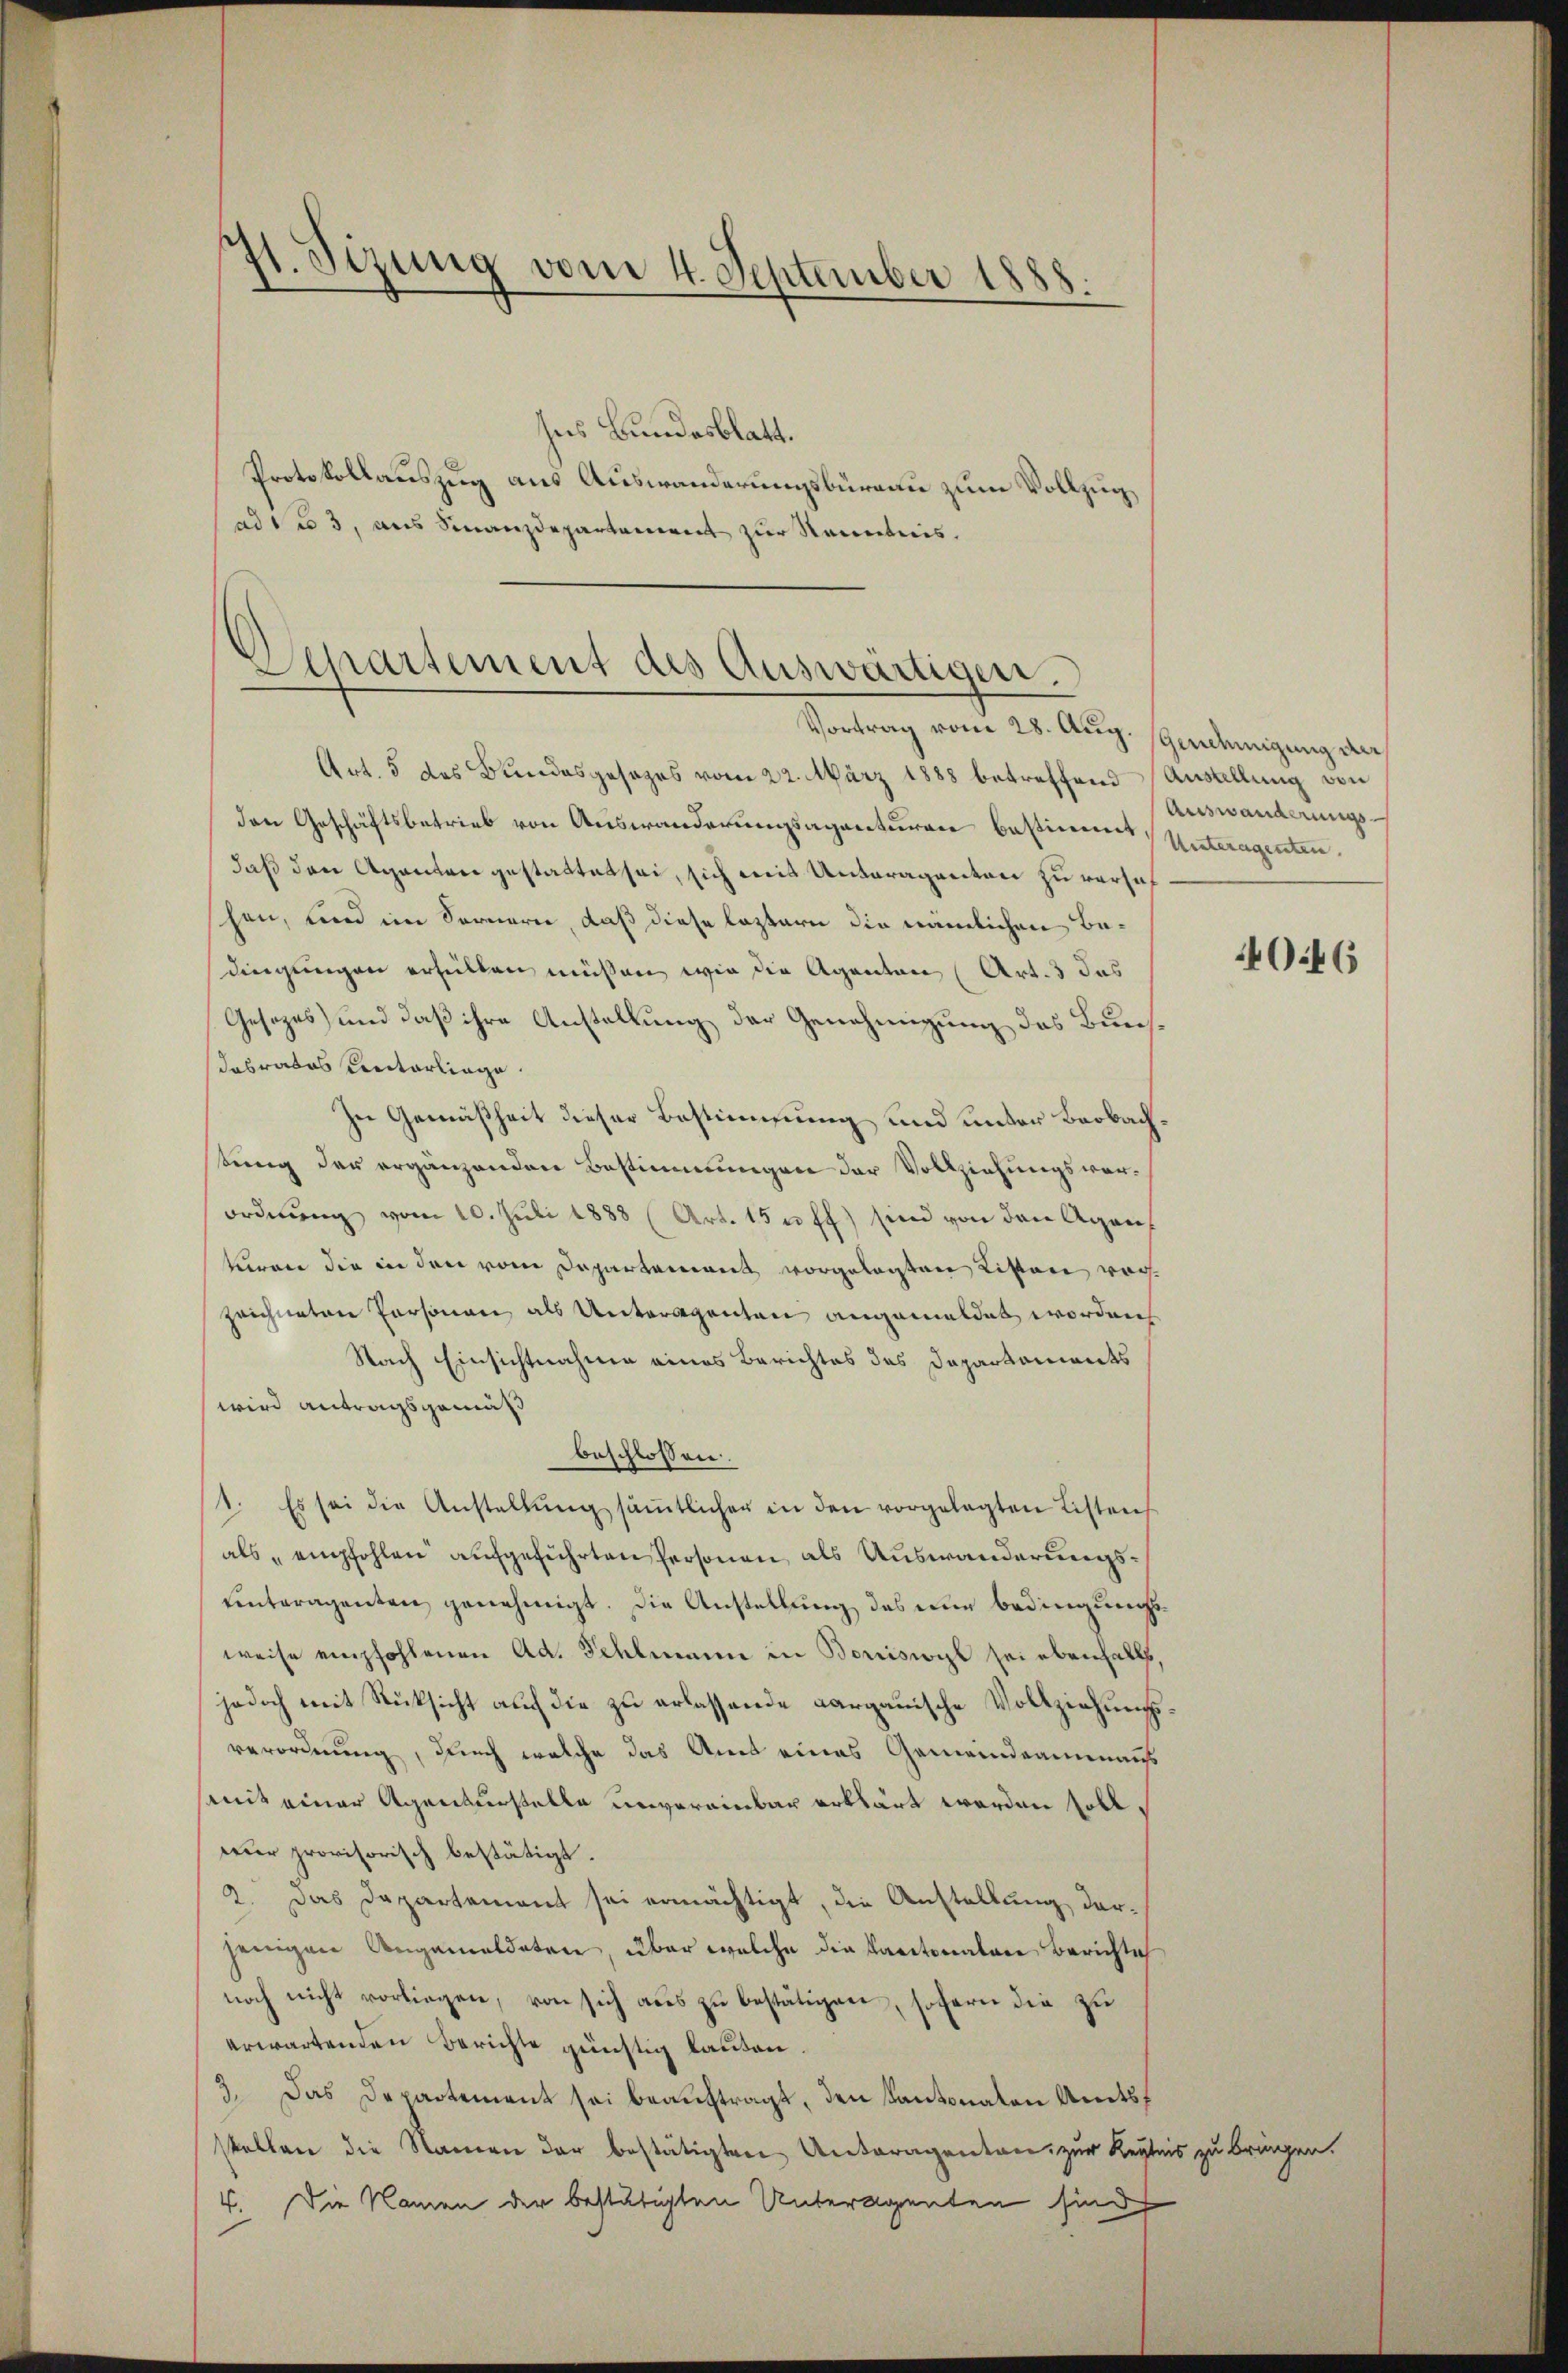
st. Sizung vom 4. September 1888.

ses Bundesblatt.
Protokollauszug aus Auswanderungsbüreau zum Vollzug
ad des 3, aus Finanzdepartement zur Kenntnis.

Separtement des Auswärtigen.

Vortrag vom 28. Aug. Genehmigung der
Art. 5 des Bundesgesezes vom 22. März 1888 betreffend Austellung von
den Geschäftsbetrieb von Auswanderungsagenturen bestimmt, Unteragenten.
daß den Agenten gestattet sei, sich mit Unteragenten zu versuch
schen, und im Sonnerei, daß diese leztern die nämlichen Bedingungen erfüllen müssen wie die Agenten (Art. 3 das
Gesezes und daß ihre Anstellung der Genehmigung das Bunsdabrates Unterliege.
In Gemäßheit dieser Bestimmung und unter Beobachsung der ergänzenden Bestimmungen der Vollziehungsverordnung vom 10. Juli 1888 (Art. 15 u. ff.) sind von den Agankeren die in den vom Departement vorgelegten Listen vorzeichneten Personen als Unteragenten angemeldet worden
Nach Einsichtnahme eines Berichtes des Departements
wird antragsgemäß
beschlossen:
1. Es sei die Anstellŭng säṁtlicher in den vorgelegten Listens
als empfohlen aufgeführten Personen, als Auswanderungsuinteragenten genehmigt. Die Anstellung des nur bedingungsweise empfohlenen Ad. Fehlmann in Borriswyl sei ebenfalls,
jedoch mit Rücksicht auf die zu erlassende Aargauische Vollziehungsverordnung, durch welche das Amt eines Gemeindeammans
samit einer Agenturstelle unvereinbar erklärt werden soll,
nur provisorisch bestätigt.
2. Das Departement sei ermächtigt, die Anstellung darjenigen Angemeldeten, über welche die Kantonalare Berichte
noch nicht vorliegen, von sich aus zu bestätigen, sofern die zu
erwartenden Berichte günstig lauten.
3. Das Departement sei beauftragt, den Kantonaten Amtsf
stellen die Namen der bestätigten Unteragenten zur Kentnis zu bringen.
4. Die Namen der bestätigten Unteragenten sind

Auswanderungs-

40:46